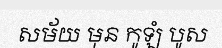
សម័យ មុន កូឡំ បូស